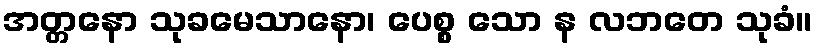
အတ္တနော သုခမေသာနော၊ ပေစ္စ သော န လဘတေ သုခံ။